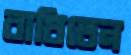
বাধিতেন